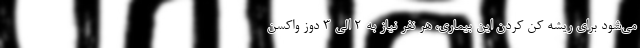
می‌شود برای ریشه کن کردن این بیماری، هر نفر نیاز به ۲ الی ۳ دوز واکسن